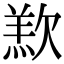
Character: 𣣵